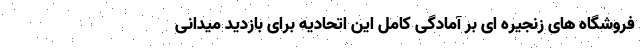
فروشگاه های زنجیره ای بر آمادگی کامل این اتحادیه برای بازدید میدانی